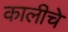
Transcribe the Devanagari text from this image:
कालीचे